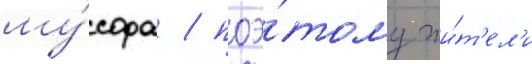
му́сора / поэ́тому жи́т'ел'и